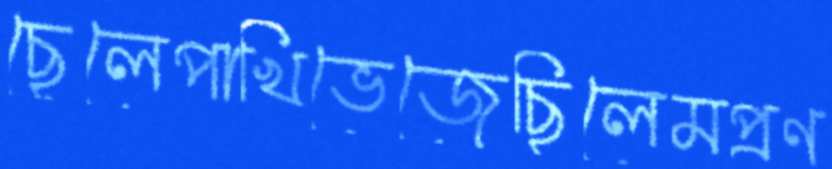
ছেলেপাখিভেজেছিলেমপ্রণ